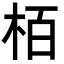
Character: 栢